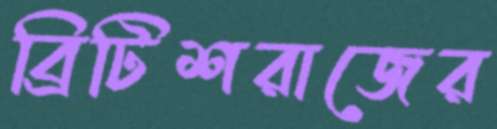
ব্রিটিশরাজের